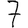
Digit: 7